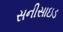
સનીસાઇડ